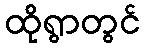
ထိုရွာတွင်